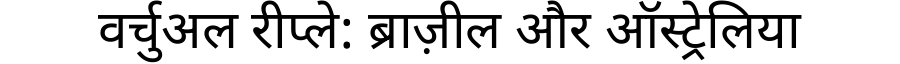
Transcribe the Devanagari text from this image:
वर्चुअल रीप्ले: ब्राज़ील और ऑस्ट्रेलिया